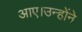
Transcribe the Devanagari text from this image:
आए।उन्होंने